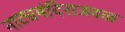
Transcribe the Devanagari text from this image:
नाट्यमंदिराजवळ